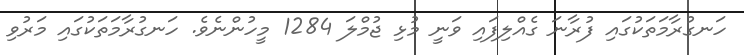
ހަނގުރާމަތަކުގައި ފުރާނަ ގެއްލިފައި ވަނީ މުޅި ޖުމްލަ 1284 މީހުންނެވެ. ހަނގުރާމަތަކުގައި މަރުވި